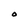
Character: O